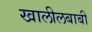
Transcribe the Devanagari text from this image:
खालीलबाबी